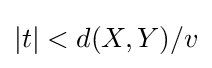
|t|<d(X,Y)/v